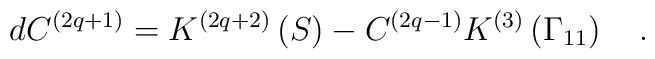
dC^{\left( 2q+1\right) }=K^{\left( 2q+2\right) }\left( S\right)-C^{\left( 2q-1\right) }K^{\left( 3\right) }\left( \Gamma _{11}\right) \quad.